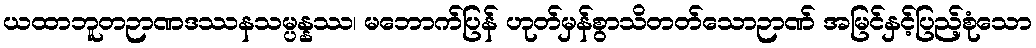
ယထာဘူတဉာဏဒဿနသမ္ပန္နဿ၊ မဘောက်ပြန် ဟုတ်မှန်စွာသိတတ်သောဉာဏ် အမြင်နှင့်ပြည့်စုံသော